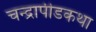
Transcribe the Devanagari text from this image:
चन्द्रापीडकथा